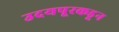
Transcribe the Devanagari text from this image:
उदयपूरकडून